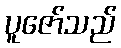
ပူဇော်သည်